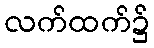
လက်ထက်၌